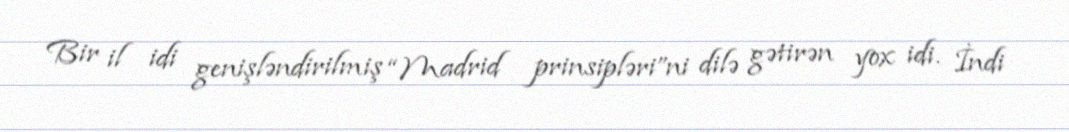
Bir il idi genişləndirilmiş “Madrid prinsipləri”ni dilə gətirən yox idi. İndi